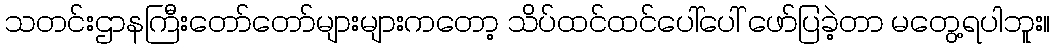
သတင်းဌာနကြီးတော်တော်များများကတော့ သိပ်ထင်ထင်ပေါ်ပေါ် ဖော်ပြခဲ့တာ မတွေ့ရပါဘူး။